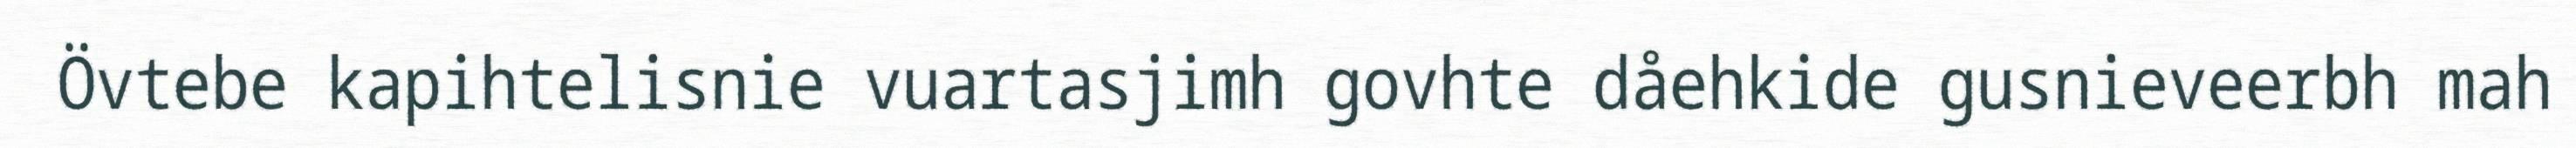
Övtebe kapihtelisnie vuartasjimh govhte dåehkide gusnieveerbh mah